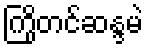
ကြိုတင်ဆန္ဒမဲ